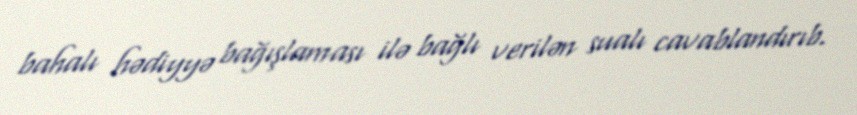
bahalı hədiyyə bağışlaması ilə bağlı verilən sualı cavablandırıb.